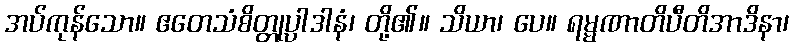
အပ်ကုန်သော။ ဧတေသံစိတ္တုပ္ပါဒါနံ၊ တို့၏။ သိယာ၊ ပေ။ ရမ္မဏာတိပီတိအာဒိနာ၊